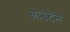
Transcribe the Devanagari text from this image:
आउटेन